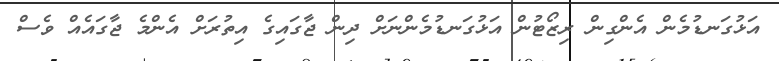
އަޅުގަނޑުމެން އެންގިން ރިޒޯޓުން އަޅުގަނޑުމެންނަށް ދިން ޖާގައިގެ އިތުރަށް އެންމެ ޖާގައެއް ވެސް